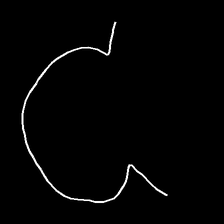
Glyph: weave